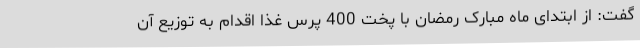
گفت: از ابتدای ماه مبارک رمضان با پخت 400 پرس غذا اقدام به توزیع آن